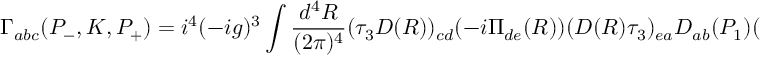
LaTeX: \Gamma _ { a b c } ( P _ { - } , K , P _ { + } ) = i ^ { 4 } ( - i g ) ^ { 3 } \int \frac { d ^ { 4 } R } { ( 2 \pi ) ^ { 4 } } ( \tau _ { 3 } D ( R ) ) _ { c d } ( - i \Pi _ { d e } ( R ) ) ( D ( R ) \tau _ { 3 } ) _ { e a } D _ { a b } ( P _ { 1 } ) ( D ( P _ { 3 } ) \tau _ { 3 } ) _ { c b }